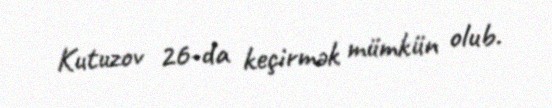
Kutuzov 26-da keçirmək mümkün olub.